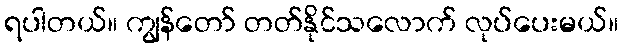
ရပါတယ်။ ကျွန်တော် တတ်နိုင်သလောက် လုပ်ပေးမယ်။